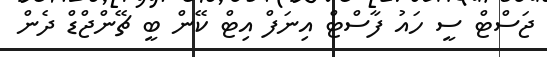
ޖަސްޓް ސީ ހައު ފާސްޓް އިނަފް އިޓް ކޭން ބީ ޗޭންޖްޑް ދެން